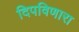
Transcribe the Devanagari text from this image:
दिपविणारा